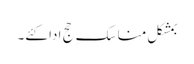
بمشکل مناسکِ حج ادا کئے۔